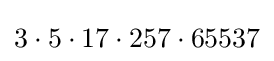
3\cdot 5\cdot 17\cdot 257\cdot 65537